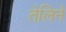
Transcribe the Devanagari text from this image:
तेलिने